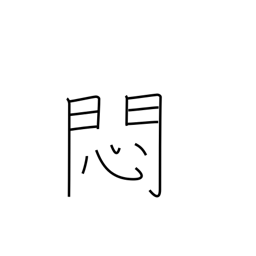
Meaning: worry